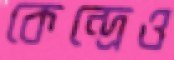
কেন্দ্রেও